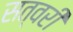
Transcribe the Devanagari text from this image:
सत्वरी